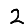
Digit: 2